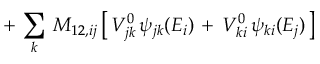
+ \, \sum _ { k } \, M _ { 1 2 , i j } \, \big [ \, V _ { j k } ^ { 0 } \, \psi _ { j k } ( E _ { i } ) \, + \, V _ { k i } ^ { 0 } \, \psi _ { k i } ( E _ { j } ) \, \big ]